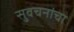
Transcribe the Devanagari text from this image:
सुवचनांचा